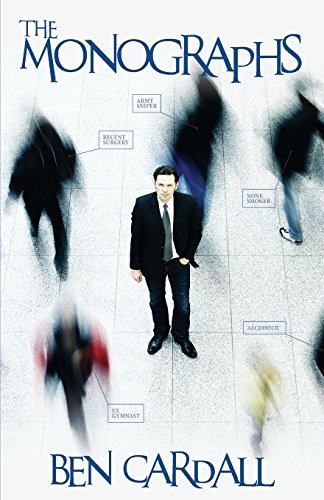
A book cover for The Monographs - A comprehensive manual on all you need to know to become an expert Deductionist.; Ben Cardall; Self-Help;